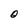
Character: O